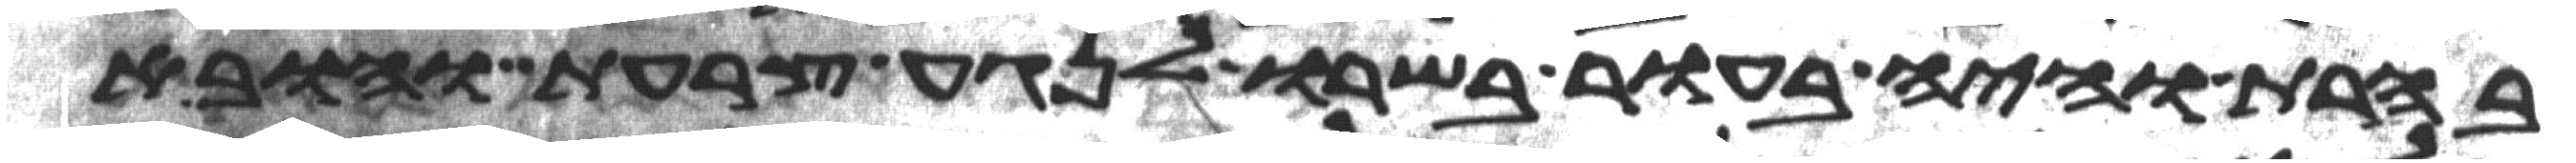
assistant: בהרת והיה בעור בשרו לנגע צרעת והובא